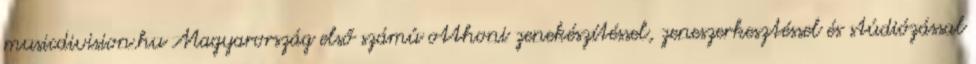
musicdivision.hu Magyarország első számú otthoni zenekészítéssel, zeneszerkesztéssel és stúdiózással